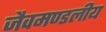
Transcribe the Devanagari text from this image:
जैवमण्डलीय